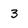
Character: 3